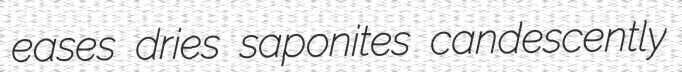
eases dries saponites candescently